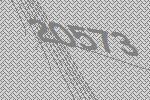
20573